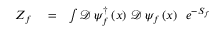
\begin{array} { r l r } { Z _ { f } } & { { } = } & { \int \mathcal { D } \, \psi _ { f } ^ { \dag } \left( x \right) \, \mathcal { D } \, \psi _ { f } \left( x \right) \, \, \, e ^ { - S _ { f } } } \end{array}